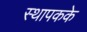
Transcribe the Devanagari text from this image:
स्थापकके